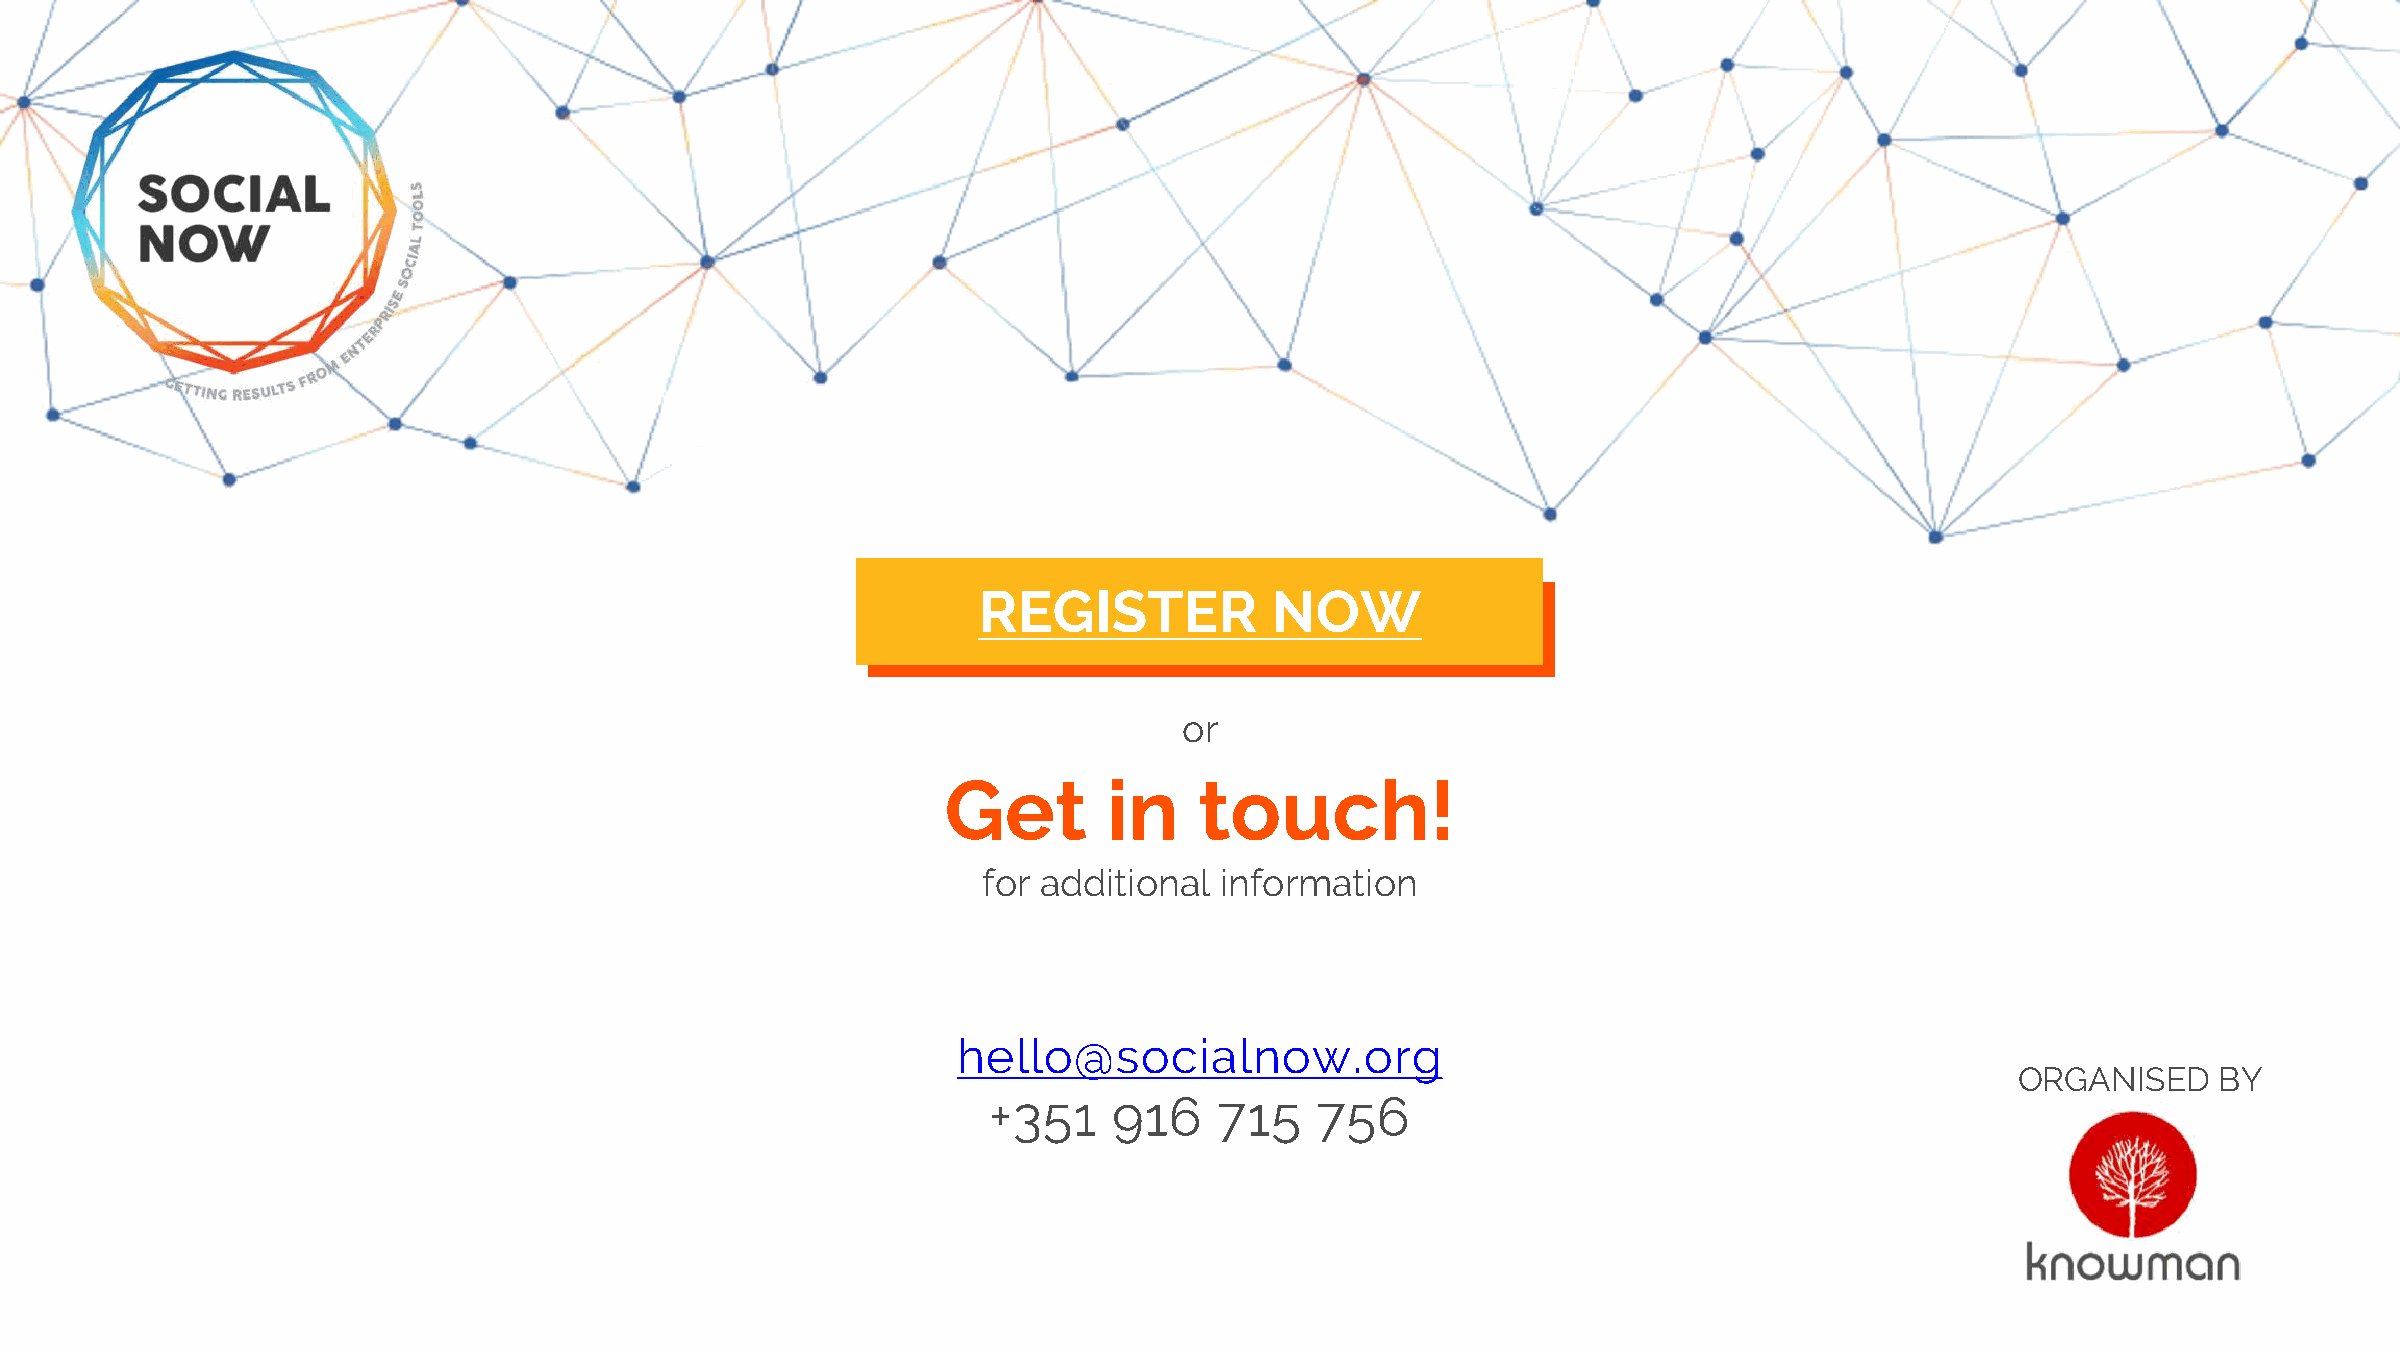
REGISTER           NOW
 or
 Get       in    touch!
 for additional  information
 hello@socialnow.org
 ORGANISED    BY
 +351    916    715   756